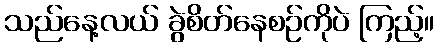
သည်နေ့လယ် ခွဲစိတ်နေစဉ်ကိုပဲ ကြည့်။